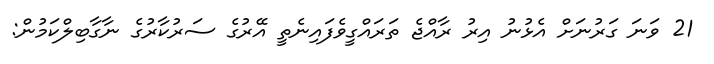
21 ވަނަ ގަރުނަށް އެޅުނު އިރު ރާއްޖެ ތަރައްގީވެފައިނެތީ އޭރުގެ ސަރުކާރުގެ ނާގާބިލްކަމުން: